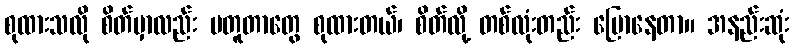
စုထားသလို စိတ်မှာလည်း မတူတာတွေ စုထားတယ်၊ စိတ်လို့ တစ်လုံးတည်း ပြောနေတာ။ အနည်းဆုံး